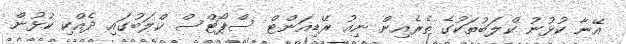
އޭނާ ކުޅުނު ކްލަބުތަކުގެ ތެރެއިން ނިއު ރޭޑިއަންޓް ސްޕޯޓްސް ކްލަބުގައި ދެއްކި ކުޅުން